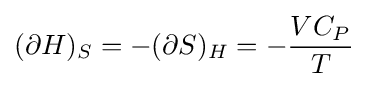
(\partial H)_{S}=-(\partial S)_{H}=-{\frac {VC_{P}}{T}}